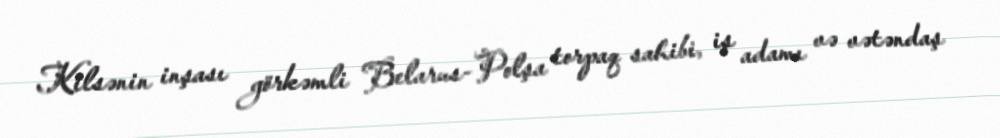
Kilsənin inşası görkəmli Belarus-Polşa torpaq sahibi, iş adamı və vətəndaş